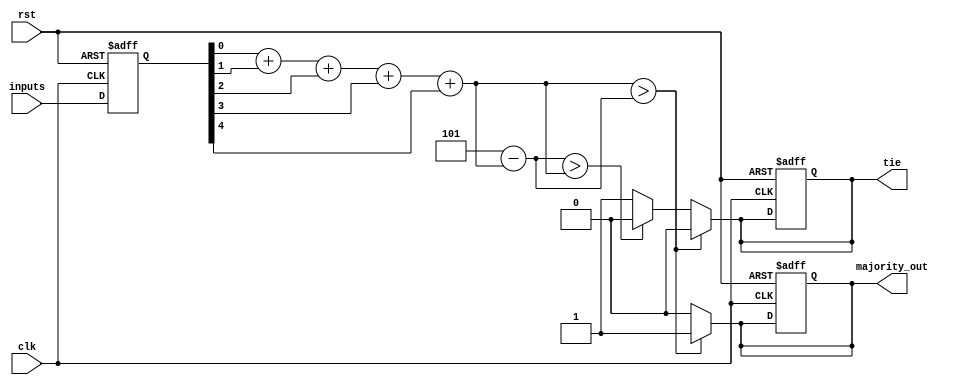
module MajorityVotingDetector (
    input wire clk,
    input wire rst,
    input wire [4:0] inputs, // 5 input signals
    output reg majority_out,   // Majority output
    output reg tie            // Tie indication
);

    // Memory blocks to store input values
    reg [4:0] memory;

    // Internal signals for counting
    reg [2:0] count_ones;  // Count of '1's
    reg [2:0] count_zeros; // Count of '0's

    // Synchronous process to sample inputs and store in memory blocks
    always @(posedge clk or posedge rst) begin
        if (rst) begin
            memory <= 5'b00000; // Initialize memory to 0
            majority_out <= 0;
            tie <= 0;
        end else begin
            memory <= inputs; // Store inputs in memory
        end
    end

    // Combinational process for voting logic
    always @(*) begin
        // Count the number of 1's and 0's
        count_ones = memory[0] + memory[1] + memory[2] + memory[3] + memory[4];
        count_zeros = 5 - count_ones; // Since there are 5 inputs

        // Determine majority and tie condition
        if (count_ones > count_zeros) begin
            majority_out = 1;
            tie = 0;
        end else if (count_zeros > count_ones) begin
            majority_out = 0;
            tie = 0;
        end else begin
            tie = 1; // Tie condition (equal counts)
            majority_out = 0; // Default to 0 in case of tie
        end
    end

endmodule